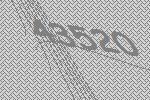
43520